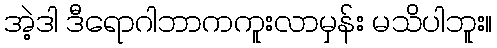
အဲ့ဒါ ဒီရောဂါဘာကကူးလာမှန်း မသိပါဘူး။